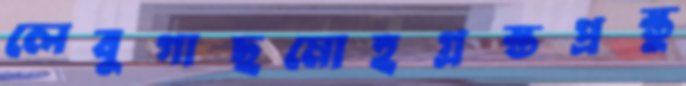
লেবুগাছমোহগ্রস্তপ্রস্তু